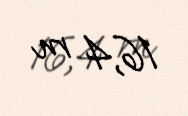
16,4 m